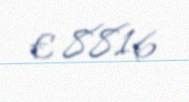
€ 8816